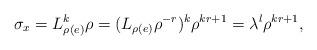
LaTeX: \begin{align*} \sigma_x=L_{\rho(e)}^k\rho=(L_{\rho(e)}\rho^{-r})^k\rho^{kr+1}=\lambda^l\rho^{kr+1}, \end{align*}